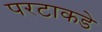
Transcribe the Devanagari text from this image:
परटाकडे